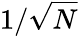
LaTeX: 1/\sqrt{N}